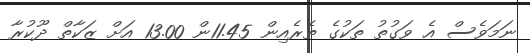
ނަމަވެސް އެ ވަގުތު ތަކުގެ ތެރެއިން 11.45ން 13.00 އަށް ޒަކާތް ދޫކުރާ